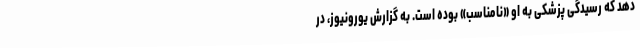
دهد که رسیدگی پزشکی به او «نامناسب» بوده است. به گزارش یورونیوز، در